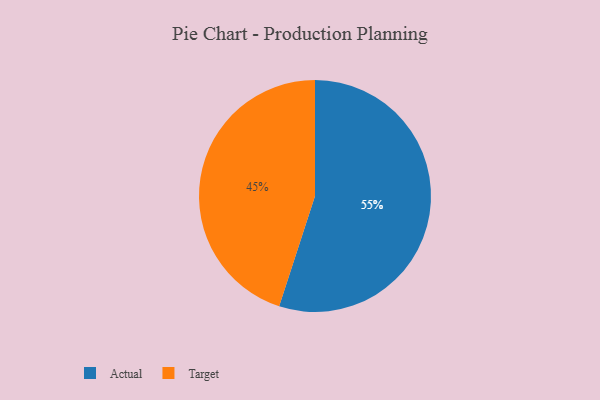
{"axis": {"x": "Category", "y": "Percentage"}, "legend": ["Actual", "Target"], "data": [{"x": "Actual", "y": 55, "type": "Actual"}, {"x": "Target", "y": 45, "type": "Target"}]}